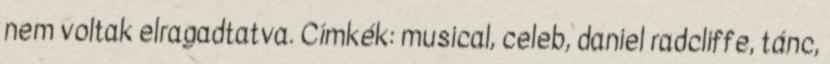
nem voltak elragadtatva. Címkék: musical, celeb, daniel radcliffe, tánc,